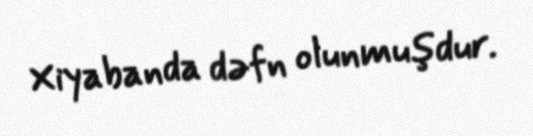
Xiyabanda dəfn olunmuşdur.